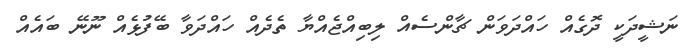
ނަޝީދަކީ ދޮގެއް ހައްދަވަން ޗާންސެއް ލިބިއްޖެއްޔާ ތެދެއް ހައްދަވާ ބޭފުޅެއް ނޫނޭ ބައެއް